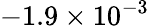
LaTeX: -1.9\times 10^{-3}